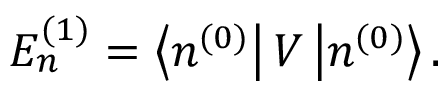
E _ { n } ^ { ( 1 ) } = \left\langle n ^ { ( 0 ) } \right| V \left| n ^ { ( 0 ) } \right\rangle .